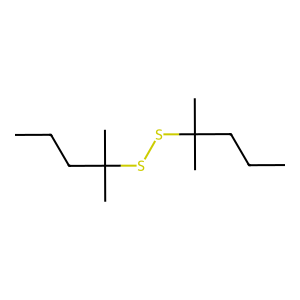
SMILES: CCCC(C)(C)SSC(C)(C)CCC
Inhibits HIV replication: No